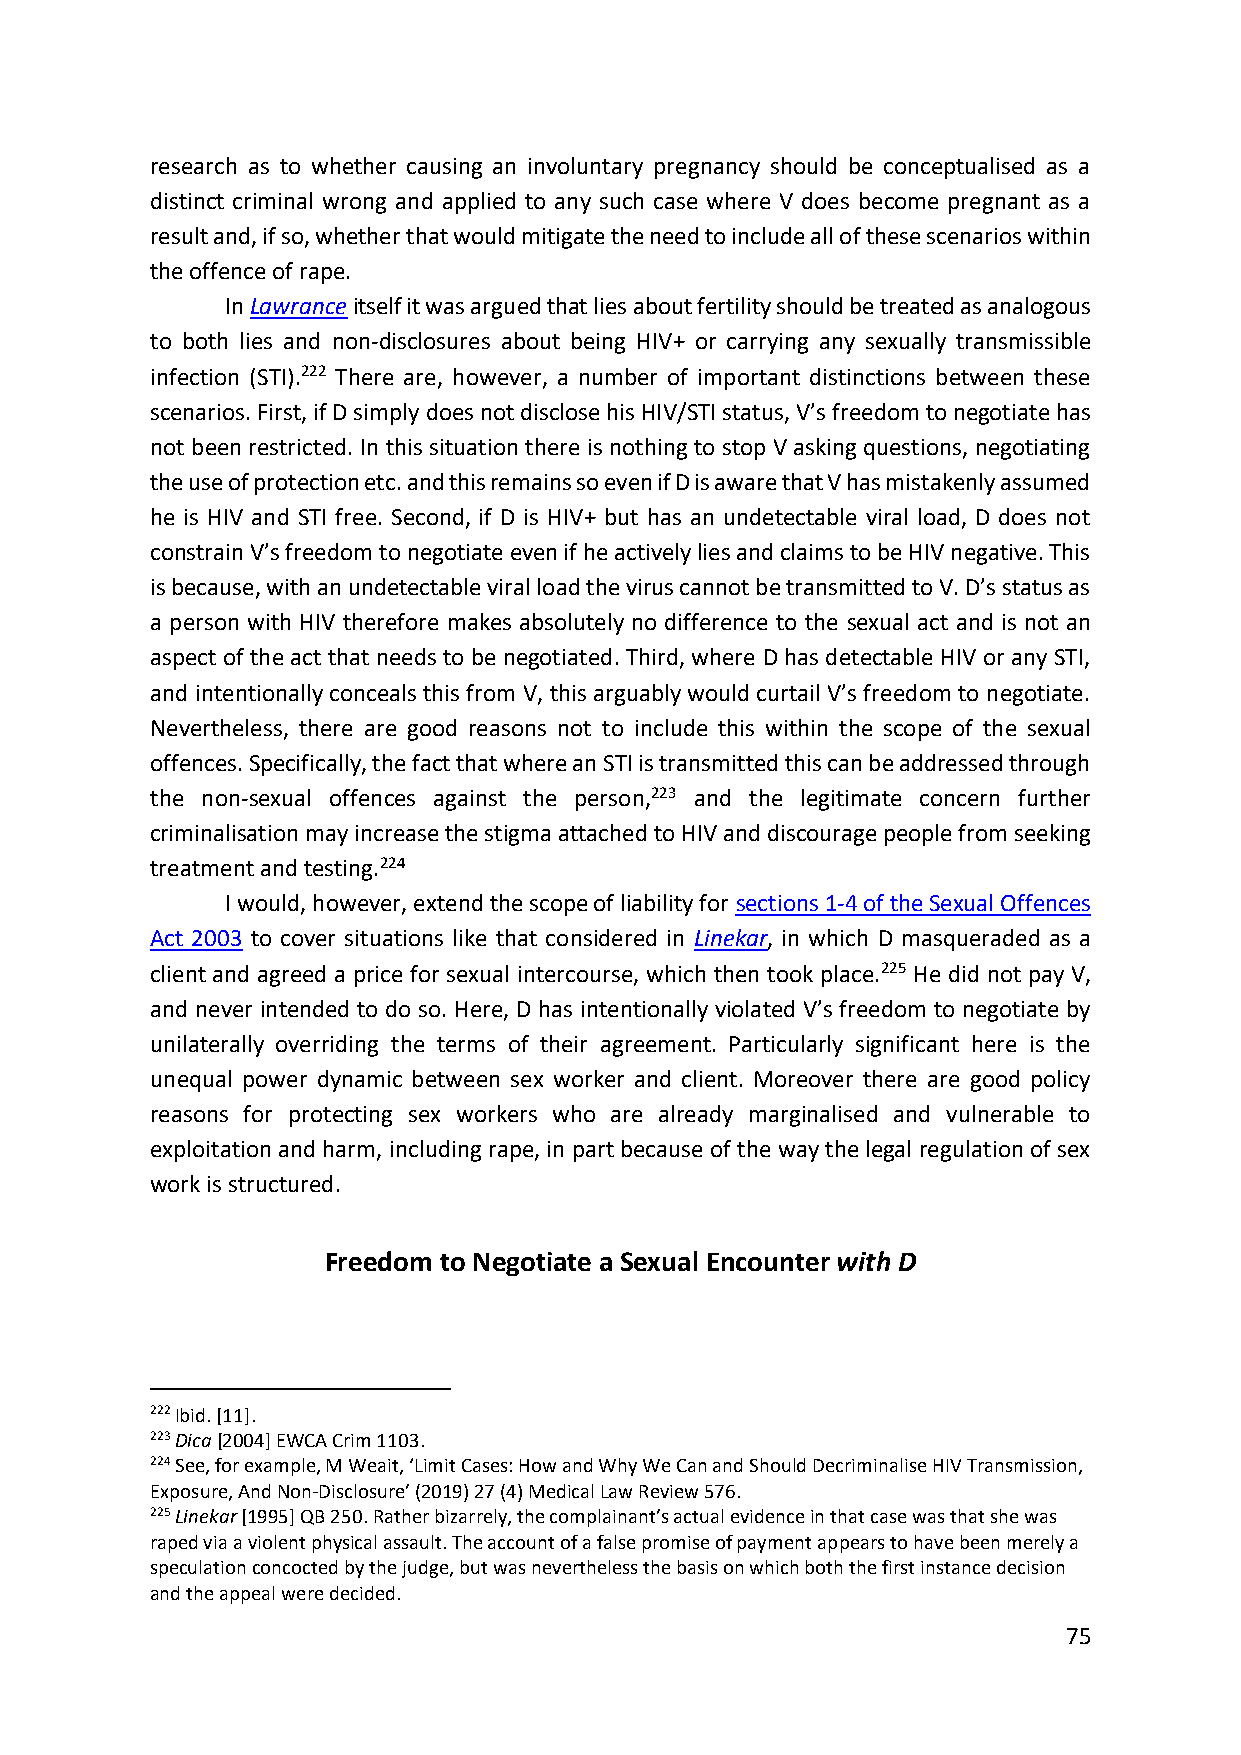
research as to whether causing an involuntary pregnancy should be conceptualised as a
 distinct criminal wrong and applied to any such case where V does become pregnant as a
 result and, if so, whether that would mitigate the need to include all of these scenarios within
 the offence of rape.
 In Lawrance itself it was argued that lies about fertility should be treated as analogous
 to both lies and non-disclosures about being HIV+ or carrying any sexually transmissible
 infection (STI).222 There are, however, a number of important distinctions between these
 scenarios. First, if D simply does not disclose his HIV/STI status, V’s freedom to negotiate has
 not been restricted. In this situation there is nothing to stop V asking questions, negotiating
 the use of protection etc. and this remains so even if D is aware that V has mistakenly assumed
 he is HIV and STI free. Second, if D is HIV+ but has an undetectable viral load, D does not
 constrain V’s freedom to negotiate even if he actively lies and claims to be HIV negative. This
 is because, with an undetectable viral load the virus cannot be transmitted to V. D’s status as
 a person with HIV therefore makes absolutely no difference to the sexual act and is not an
 aspect of the act that needs to be negotiated. Third, where D has detectable HIV or any STI,
 and intentionally conceals this from V, this arguably would curtail V’s freedom to negotiate.
 Nevertheless, there are good reasons not to include this within the scope of the sexual
 offences. Specifically, the fact that where an STI is transmitted this can be addressed through
 the non-sexual offences against the person,223 and the legitimate concern further
 criminalisation may increase the stigma attached to HIV and discourage people from seeking
 treatment and testing.224
 I would, however, extend the scope of liability for sections 1-4 of the Sexual Offences
 Act 2003 to cover situations like that considered in Linekar, in which D masqueraded as a
 client and agreed a price for sexual intercourse, which then took place.225 He did not pay V,
 and never intended to do so. Here, D has intentionally violated V’s freedom to negotiate by
 unilaterally overriding the terms of their agreement. Particularly significant here is the
 unequal power dynamic between sex worker and client. Moreover there are good policy
 reasons for protecting sex workers who are already marginalised and vulnerable to
 exploitation and harm, including rape, in part because of the way the legal regulation of sex
 work is structured.
 Freedom to Negotiate a Sexual Encounter with D
 222 Ibid. [11].
 223 Dica [2004] EWCA Crim 1103.
 224 See, for example, M Weait, ‘Limit Cases: How and Why We Can and Should Decriminalise HIV Transmission,
 Exposure, And Non-Disclosure’ (2019) 27 (4) Medical Law Review 576.
 225 Linekar [1995] QB 250. Rather bizarrely, the complainant’s actual evidence in that case was that she was
 raped via a violent physical assault. The account of a false promise of payment appears to have been merely a
 speculation concocted by the judge, but was nevertheless the basis on which both the first instance decision
 and the appeal were decided.
 75